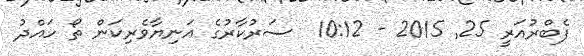
ފެބްރުއަރީ 25